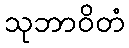
သုဘာဝိတံ